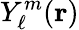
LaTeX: Y_{\ell}^{m}({\mathbf{r}})